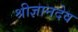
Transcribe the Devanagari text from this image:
श्रीज्ञानदेव